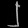
Digit: ၂